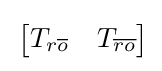
\,{\begin{bmatrix}T_{r{\overline {o}}}&T_{\overline {ro}}\end{bmatrix}}